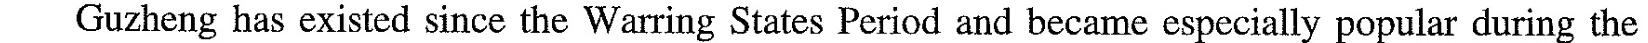
Guzheng has existed since the Warring States Period and became especially popular during the